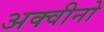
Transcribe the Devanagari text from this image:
अक्वीनो